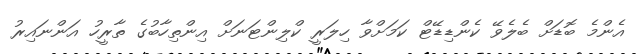
އެންމެ ބޮޑަށް ބެލެވޭ ކެންޑިޑޭޓް ކަމަށްވާ ހިލަރީ ކްލިންޓަނަށް އިންތިހާބުގެ ތާރީހު އަންނައިރު